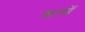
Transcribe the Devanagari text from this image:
क्रासॅ